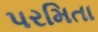
પરમિતા